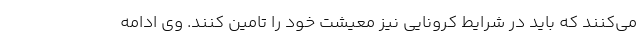
می‌کنند که باید در شرایط کرونایی نیز معیشت خود را تامین کنند. وی ادامه